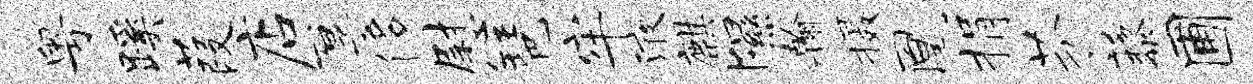
粤蹊葭店厚侈慰琶牢液麒隰翰摄凰捐芬藜圃